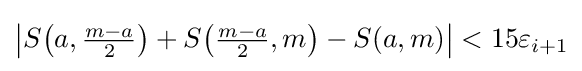
{\textstyle \left|S{\left(a,{\frac {m-a}{2}}\right)}+S{\left({\frac {m-a}{2}},m\right)}-S(a,m)\right|<15\varepsilon _{i+1}}